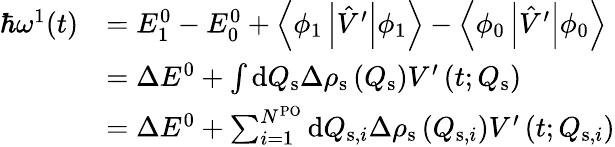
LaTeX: \begin{array}{rl}{\hbar\omega^{1}(t)}&{=E_{1}^{0}-E_{0}^{0}+\left\langle\phi_{1}\left|\hat{V}^{\prime}\right|\phi_{1}\right\rangle-\left\langle\phi_{0}\left|\hat{V}^{\prime}\right|\phi_{0}\right\rangle}\\ &{=\Delta E^{0}+\int\mathrm{d}Q_{\mathrm{s}}\Delta\rho_{\mathrm{s}}\left(Q_{\mathrm{s}}\right)V^{\prime}\left(t;Q_{\mathrm{s}}\right)}\\ &{=\Delta E^{0}+\sum_{i=1}^{N^{\mathrm{PO}}}\mathrm{d}Q_{\mathrm{s},i}\Delta\rho_{\mathrm{s}}\left(Q_{\mathrm{s},i}\right)V^{\prime}\left(t;Q_{\mathrm{s},i}\right)}\end{array}